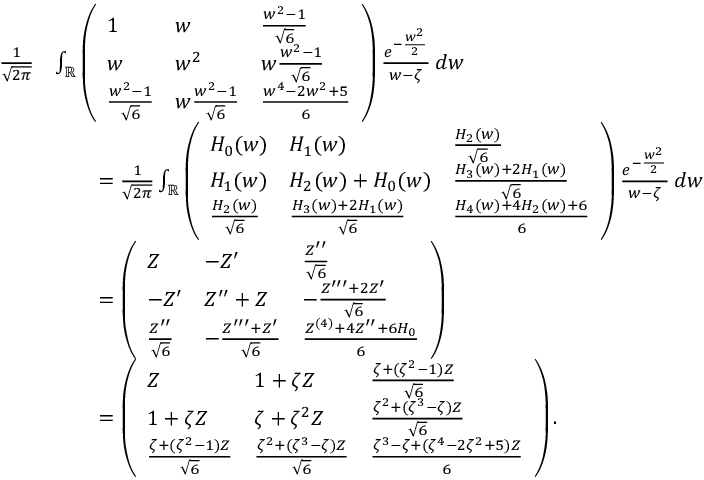
\begin{array} { r l } { \frac { 1 } { \sqrt { 2 \pi } } } & { \int _ { \mathbb { R } } \left( \begin{array} { l l l } { 1 } & { w } & { \frac { w ^ { 2 } - 1 } { \sqrt { 6 } } } \\ { w } & { w ^ { 2 } } & { w \frac { w ^ { 2 } - 1 } { \sqrt { 6 } } } \\ { \frac { w ^ { 2 } - 1 } { \sqrt { 6 } } } & { w \frac { w ^ { 2 } - 1 } { \sqrt { 6 } } } & { \frac { w ^ { 4 } - 2 w ^ { 2 } + 5 } { 6 } } \end{array} \right) \frac { e ^ { - \frac { w ^ { 2 } } { 2 } } } { w - \zeta } \, d w } \\ & { \qquad = \frac { 1 } { \sqrt { 2 \pi } } \int _ { \mathbb { R } } \left( \begin{array} { l l l } { H _ { 0 } ( w ) } & { H _ { 1 } ( w ) } & { \frac { H _ { 2 } ( w ) } { \sqrt { 6 } } } \\ { H _ { 1 } ( w ) } & { H _ { 2 } ( w ) + H _ { 0 } ( w ) } & { \frac { H _ { 3 } ( w ) + 2 H _ { 1 } ( w ) } { \sqrt { 6 } } } \\ { \frac { H _ { 2 } ( w ) } { \sqrt { 6 } } } & { \frac { H _ { 3 } ( w ) + 2 H _ { 1 } ( w ) } { \sqrt { 6 } } } & { \frac { H _ { 4 } ( w ) + 4 H _ { 2 } ( w ) + 6 } { 6 } } \end{array} \right) \frac { e ^ { - \frac { w ^ { 2 } } { 2 } } } { w - \zeta } \, d w } \\ & { \qquad = \left( \begin{array} { l l l } { Z } & { - Z ^ { \prime } } & { \frac { Z ^ { \prime \prime } } { \sqrt { 6 } } } \\ { - Z ^ { \prime } } & { Z ^ { \prime \prime } + Z } & { - \frac { Z ^ { \prime \prime \prime } + 2 Z ^ { \prime } } { \sqrt { 6 } } } \\ { \frac { Z ^ { \prime \prime } } { \sqrt { 6 } } } & { - \frac { Z ^ { \prime \prime \prime } + Z ^ { \prime } } { \sqrt { 6 } } } & { \frac { Z ^ { ( 4 ) } + 4 Z ^ { \prime \prime } + 6 H _ { 0 } } { 6 } } \end{array} \right) } \\ & { \qquad = \left( \begin{array} { l l l } { Z } & { 1 + \zeta Z } & { \frac { \zeta + ( \zeta ^ { 2 } - 1 ) Z } { \sqrt { 6 } } } \\ { 1 + \zeta Z } & { \zeta + \zeta ^ { 2 } Z } & { \frac { \zeta ^ { 2 } + ( \zeta ^ { 3 } - \zeta ) Z } { \sqrt { 6 } } } \\ { \frac { \zeta + ( \zeta ^ { 2 } - 1 ) Z } { \sqrt { 6 } } } & { \frac { \zeta ^ { 2 } + ( \zeta ^ { 3 } - \zeta ) Z } { \sqrt { 6 } } } & { \frac { \zeta ^ { 3 } - \zeta + ( \zeta ^ { 4 } - 2 \zeta ^ { 2 } + 5 ) Z } { 6 } } \end{array} \right) . } \end{array}